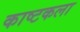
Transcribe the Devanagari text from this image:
काष्टकला